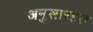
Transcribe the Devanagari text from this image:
अनुसारइस